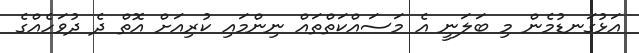
އަޅުގަނޑުމެން މި ބަލަނީ އެ މަސައްކަތްތައް ނިންމައި ކުރިއަށް އޮތް ދެ ދުވަހެއްގެ